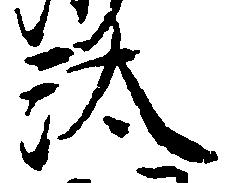
汰